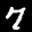
Label: 7